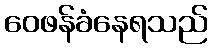
ဝေဖန်ခံနေရသည်